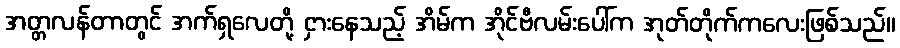
အတ္တလန်တာတွင် အက်ရှလေတို့ ငှားနေသည့် အိမ်က အိုင်ဗီလမ်းပေါ်က အုတ်တိုက်ကလေးဖြစ်သည်။